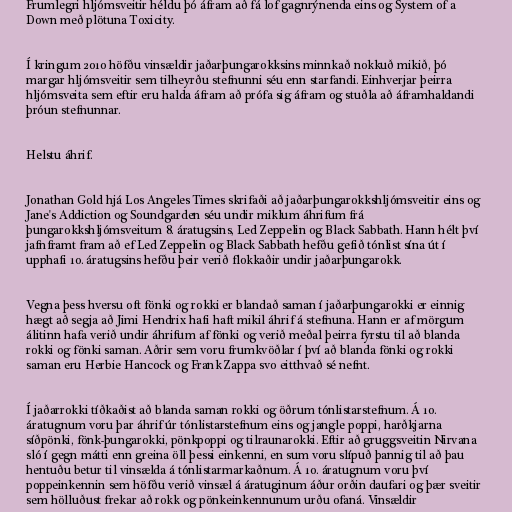
Frumlegri hljómsveitir héldu þó áfram að fá lof gagnrýnenda eins og System of a
Down með plötuna Toxicity.

Í kringum 2010 höfðu vinsældir jaðarþungarokksins minnkað nokkuð mikið, þó
margar hljómsveitir sem tilheyrðu stefnunni séu enn starfandi. Einhverjar þeirra
hljómsveita sem eftir eru halda áfram að prófa sig áfram og stuðla að áframhaldandi
þróun stefnunnar.

Helstu áhrif.

Jonathan Gold hjá Los Angeles Times skrifaði að jaðarþungarokkshljómsveitir eins og
Jane's Addiction og Soundgarden séu undir miklum áhrifum frá
þungarokkshljómsveitum 8. áratugsins, Led Zeppelin og Black Sabbath. Hann hélt því
jafnframt fram að ef Led Zeppelin og Black Sabbath hefðu gefið tónlist sína út í
upphafi 10. áratugsins hefðu þeir verið flokkaðir undir jaðarþungarokk.

Vegna þess hversu oft fönki og rokki er blandað saman í jaðarþungarokki er einnig
hægt að segja að Jimi Hendrix hafi haft mikil áhrif á stefnuna. Hann er af mörgum
álitinn hafa verið undir áhrifum af fönki og verið meðal þeirra fyrstu til að blanda
rokki og fönki saman. Aðrir sem voru frumkvöðlar í því að blanda fönki og rokki
saman eru Herbie Hancock og Frank Zappa svo eitthvað sé nefnt.

Í jaðarrokki tíðkaðist að blanda saman rokki og öðrum tónlistarstefnum. Á 10.
áratugnum voru þar áhrif úr tónlistarstefnum eins og jangle poppi, harðkjarna
síðpönki, fönk-þungarokki, pönkpoppi og tilraunarokki. Eftir að gruggsveitin Nirvana
sló í gegn mátti enn greina öll þessi einkenni, en sum voru slípuð þannig til að þau
hentuðu betur til vinsælda á tónlistarmarkaðnum. Á 10. áratugnum voru því
poppeinkennin sem höfðu verið vinsæl á áratuginum áður orðin daufari og þær sveitir
sem hölluðust frekar að rokk og pönkeinkennunum urðu ofaná. Vinsældir